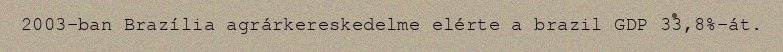
2003-ban Brazília agrárkereskedelme elérte a brazil GDP 33,8%-át.